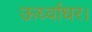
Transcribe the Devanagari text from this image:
ऊर्ध्वाधर।